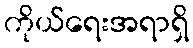
ကိုယ်ရေးအရာရှိ